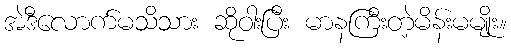
အဲဒီလောက်မသိသား ဆိုဝါးပြီး မာနကြီးတဲ့မိန်းမမျိုး။